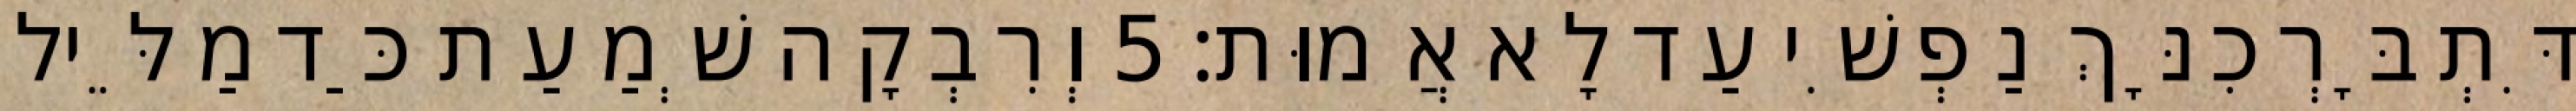
דִּתְבָּרְכִנָּךְ נַפְשִׁי עַד לָא אֲמוּת׃ 5 וְרִבְקָה שְׁמַעַת כַּד מַלֵּיל